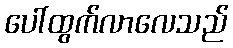
ပေါ်ထွက်လာလေသည်